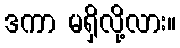
ဒကာ မရှိလို့လား။